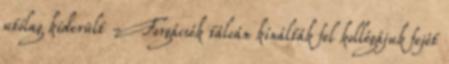
utólag kiderült - Forgácsék tálcán kínálták fel kollégájuk fejét